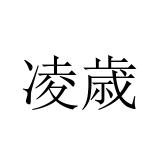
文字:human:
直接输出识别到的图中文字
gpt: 凌歳